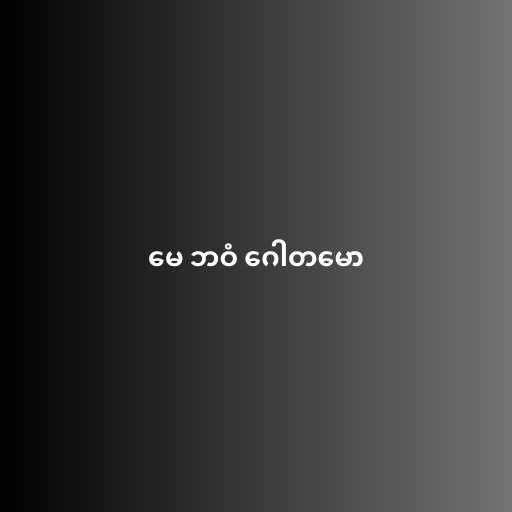
မေ ဘဝံ ဂေါတမော